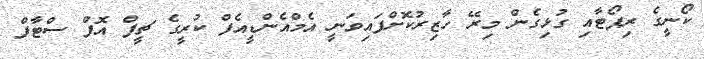
ކޯނީގެ ރިޕޯޓާއި ގުޅިގެން މިރޭ ހާޒިރުކޮށްފައިވަނީ އެމްއެންޑީއެފް ކުރީގެ ޗީފް އޮފް ސްޓާފް